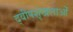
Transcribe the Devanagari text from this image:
द्वीपशृंखलाओं